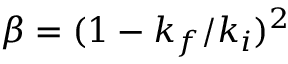
\beta = ( 1 - k _ { f } / k _ { i } ) ^ { 2 }